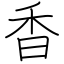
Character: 香